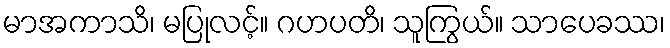
မာအကာသိ၊ မပြုလင့်။ ဂဟပတိ၊ သူကြွယ်။ သာပေခဿ၊